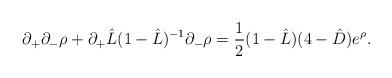
LaTeX: \begin{align*}\partial _+\partial _-\rho+\partial _+\hat{L}(1-\hat{L})^{-1}\partial _-\rho=\frac{1}{2}(1-\hat{L})(4-\hat{D})e^{\rho }.\end{align*}